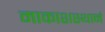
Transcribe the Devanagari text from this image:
माकाशस्थानं